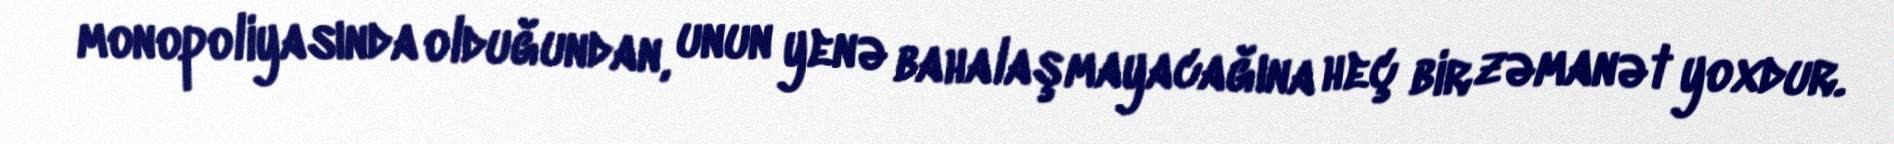
monopoliyasında olduğundan, unun yenə bahalaşmayacağına heç bir zəmanət yoxdur.